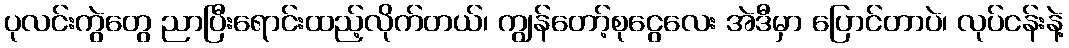
ပုလင်းကွဲတွေ ညာပြီးရောင်းထည့်လိုက်တယ်၊ ကျွန်တော့်စုငွေလေး အဲဒီမှာ ပြောင်တာပဲ၊ လုပ်ငန်းနဲ့